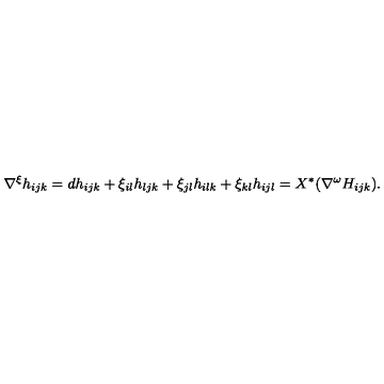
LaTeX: \nabla ^ { \xi } h _ { i j k } = d h _ { i j k } + \xi _ { i l } h _ { l j k } + \xi _ { j l } h _ { i l k } + \xi _ { k l } h _ { i j l } = X ^ { * } ( \nabla ^ { \omega } H _ { i j k } ) .